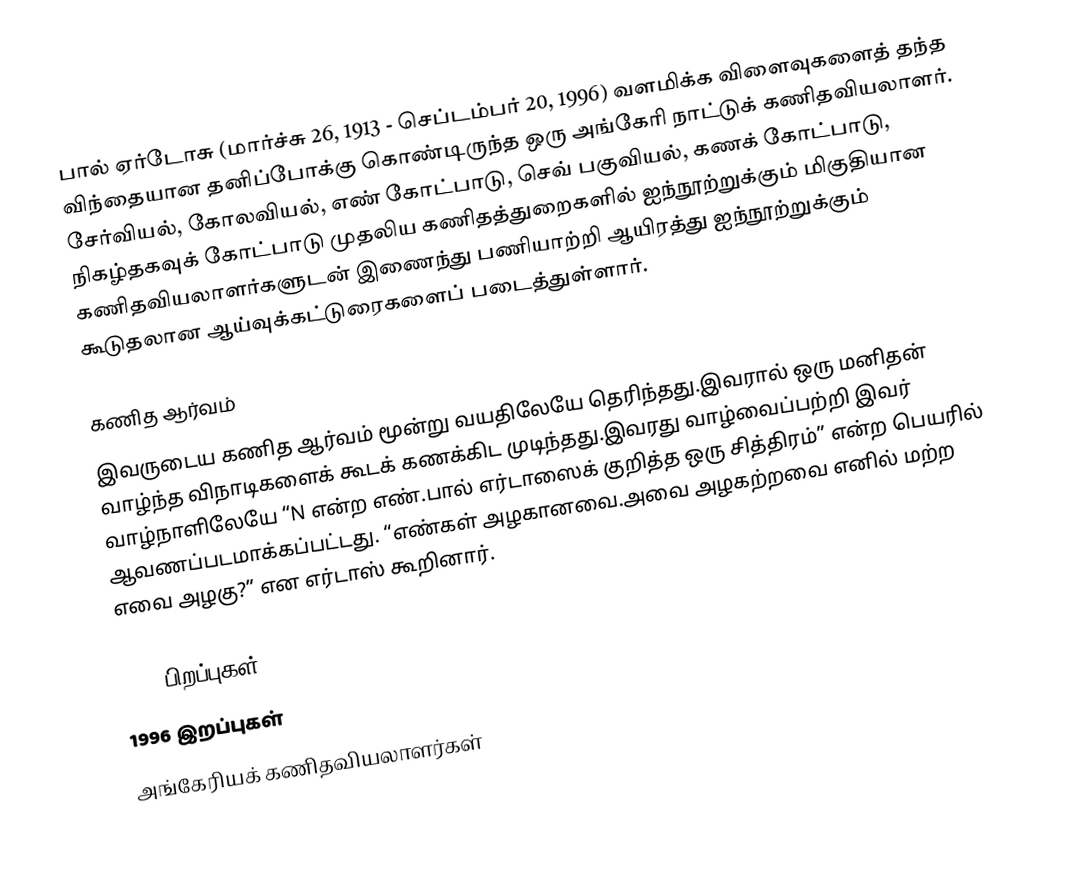
பால் ஏர்டோசு (மார்ச்சு 26, 1913 - செப்டம்பர் 20, 1996) வளமிக்க விளைவுகளைத் தந்த விந்தையான தனிப்போக்கு கொண்டிருந்த ஒரு அங்கேரி நாட்டுக் கணிதவியலாளர். சேர்வியல், கோலவியல், எண் கோட்பாடு, செவ் பகுவியல், கணக் கோட்பாடு, நிகழ்தகவுக் கோட்பாடு முதலிய கணிதத்துறைகளில் ஐந்நூற்றுக்கும் மிகுதியான கணிதவியலாளர்களுடன் இணைந்து பணியாற்றி ஆயிரத்து ஐந்நூற்றுக்கும் கூடுதலான ஆய்வுக்கட்டுரைகளைப் படைத்துள்ளார்.

கணித ஆர்வம்
இவருடைய கணித ஆர்வம் மூன்று வயதிலேயே தெரிந்தது.இவரால் ஒரு மனிதன் வாழ்ந்த விநாடிகளைக் கூடக் கணக்கிட  முடிந்தது.இவரது வாழ்வைப்பற்றி இவர் வாழ்நாளிலேயே “N என்ற எண்.பால் எர்டாஸைக் குறித்த ஒரு சித்திரம்” என்ற பெயரில் ஆவணப்படமாக்கப்பட்டது. “எண்கள் அழகானவை.அவை அழகற்றவை எனில் மற்ற எவை அழகு?” என எர்டாஸ் கூறினார்.

1913 பிறப்புகள்
1996 இறப்புகள்
அங்கேரியக் கணிதவியலாளர்கள்